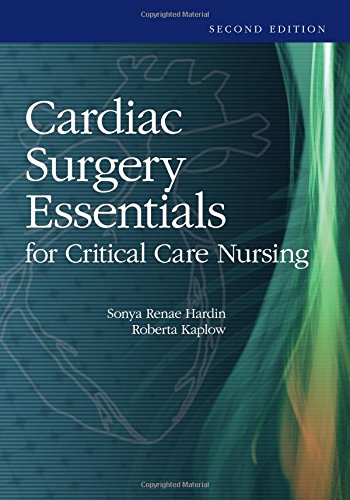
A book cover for Cardiac Surgery Essentials For Critical Care Nursing; Sonya R. Hardin; Medical Books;